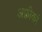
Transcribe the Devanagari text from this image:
अफ़्रीकां